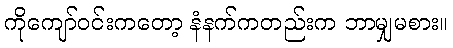
ကိုကျော်ဝင်းကတော့ နံနက်ကတည်းက ဘာမျှမစား။